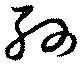
孫